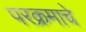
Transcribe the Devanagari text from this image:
परक्रमाचे